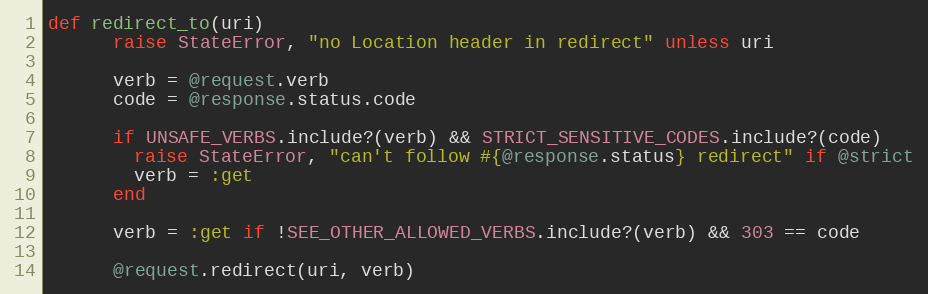
Language: Ruby
def redirect_to(uri)
      raise StateError, "no Location header in redirect" unless uri

      verb = @request.verb
      code = @response.status.code

      if UNSAFE_VERBS.include?(verb) && STRICT_SENSITIVE_CODES.include?(code)
        raise StateError, "can't follow #{@response.status} redirect" if @strict
        verb = :get
      end

      verb = :get if !SEE_OTHER_ALLOWED_VERBS.include?(verb) && 303 == code

      @request.redirect(uri, verb)